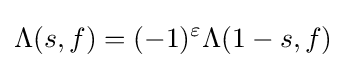
\Lambda (s,f)=(-1)^{\varepsilon }\Lambda (1-s,f)